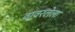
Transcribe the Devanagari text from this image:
वावरलेला